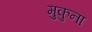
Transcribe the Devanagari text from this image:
मुकुना